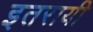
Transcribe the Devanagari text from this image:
इतरायी